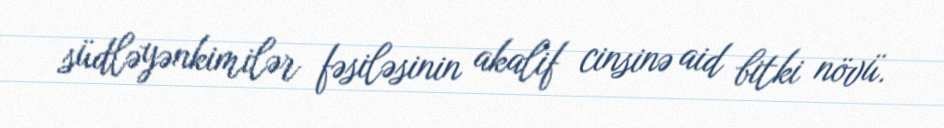
südləyənkimilər fəsiləsinin akalif cinsinə aid bitki növü.